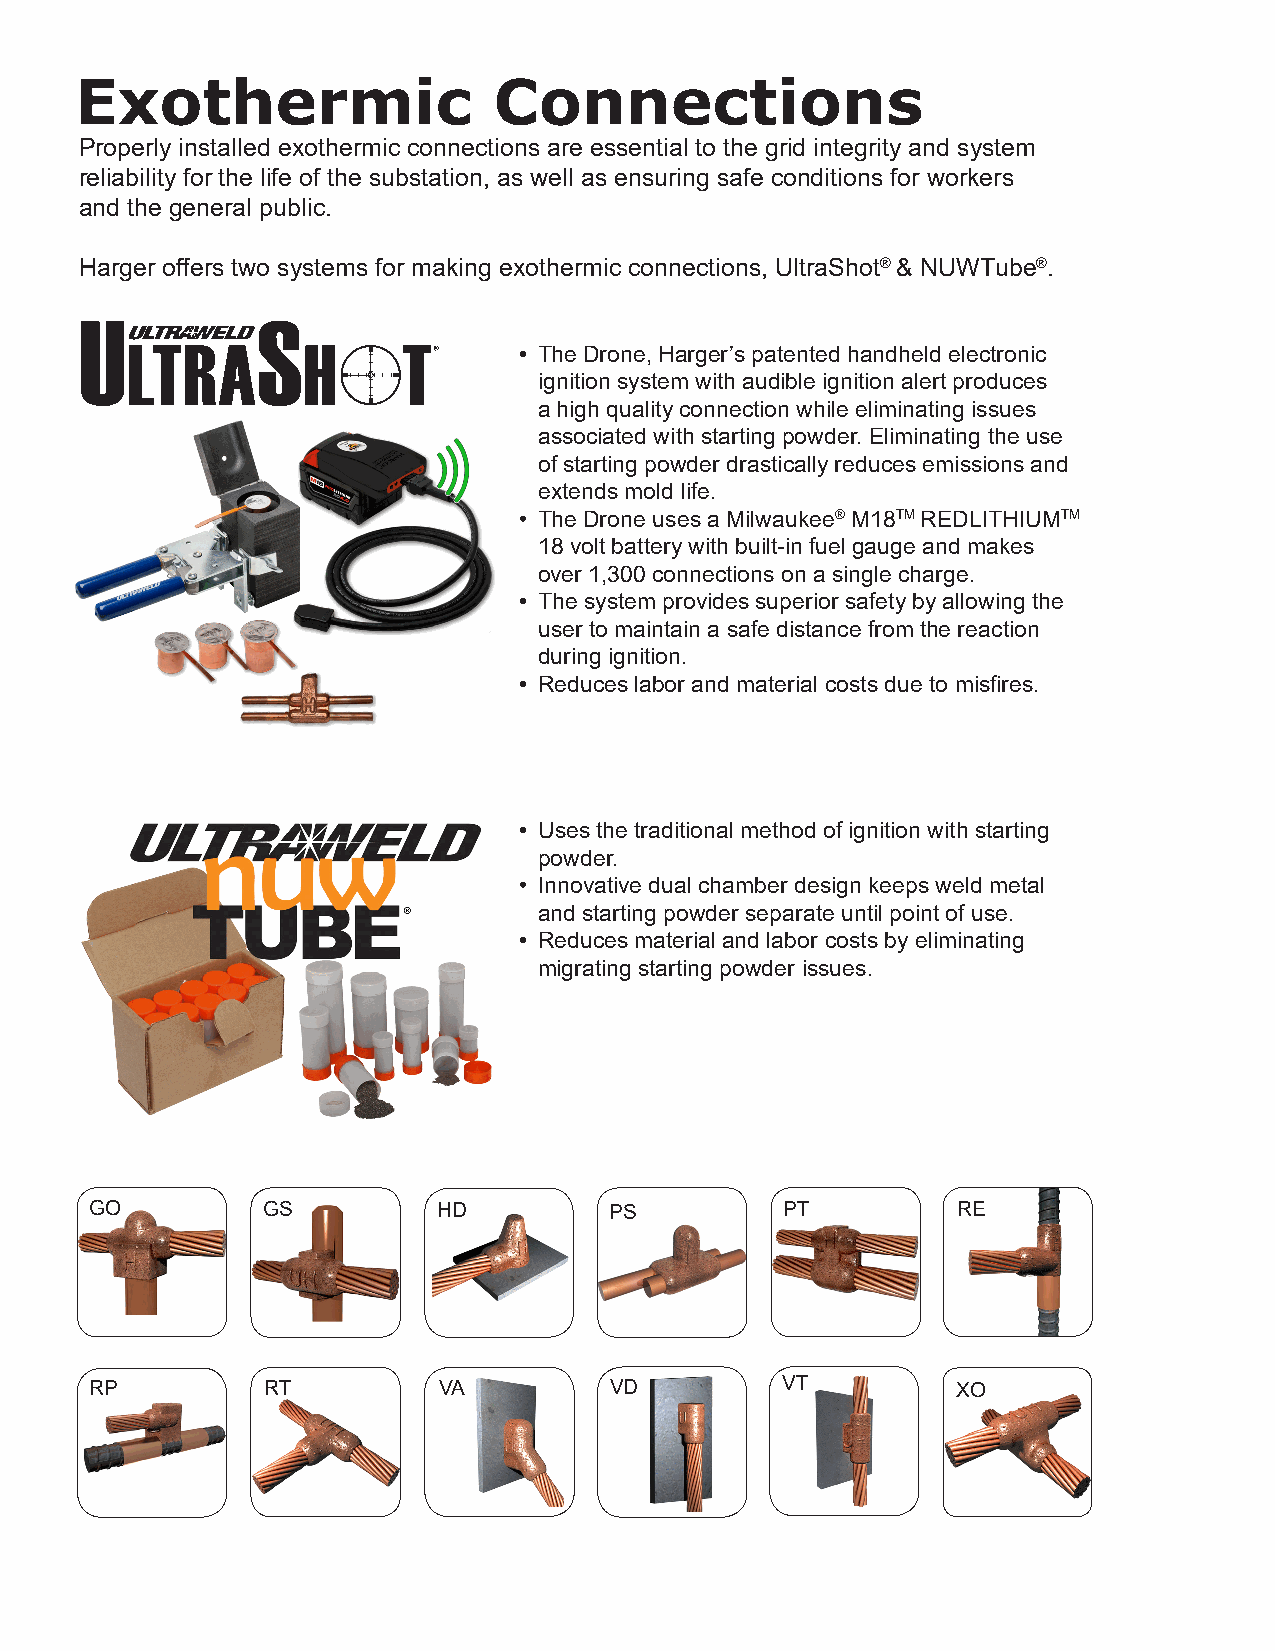
Exothermic                  Connections
 Properly installed exothermic connections are essential to the grid integrity and system
 reliability for the life of the substation, as well as ensuring safe conditions for workers
 and the general public.
 Harger offers two systems for making exothermic connections, UltraShot® & NUWTube®.
 U           S
 LTRA        H      T®     • The Drone, Harger’s patented handheld electronic
 ignition system with audible ignition alert produces
 a high quality connection while eliminating issues
 associated with starting powder. Eliminating the use
 of starting powder drastically reduces emissions and
 extends mold life.
 • The Drone uses a Milwaukee® M18TM REDLITHIUMTM
 18 volt battery with built-in fuel gauge and makes
 over 1,300 connections on a single charge.
 • The system provides superior safety by allowing the
 user to maintain a safe distance from the reaction
 during ignition.
 • Reduces labor and material costs due to misfires.
 • Uses the traditional method of ignition with starting
 powder.
 • Innovative dual chamber design keeps weld metal
 and starting powder separate until point of use.
 • Reduces material and labor costs by eliminating
 migrating starting powder issues.
 GO         GS          HD         PS          PT         RE
 RP          RT         VA         VD          VT         XO